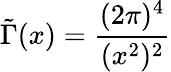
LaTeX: \tilde{\Gamma}(x)=\frac{(2\pi)^{4}}{(x^{2})^{2}}